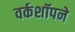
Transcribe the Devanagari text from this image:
वर्कशॉपने